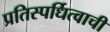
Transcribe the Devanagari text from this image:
प्रतिस्पर्धित्वाची